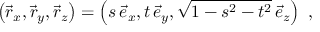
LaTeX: \left( \vec { r } _ { x } , \vec { r } _ { y } , \vec { r } _ { z } \right) = \left( s \, \vec { e } _ { x } , t \, \vec { e } _ { y } , \sqrt { 1 - s ^ { 2 } - t ^ { 2 } } \, \vec { e } _ { z } \right) ~ ,